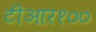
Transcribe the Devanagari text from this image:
टीआर१००